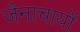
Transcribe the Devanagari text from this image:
जैनाचायों